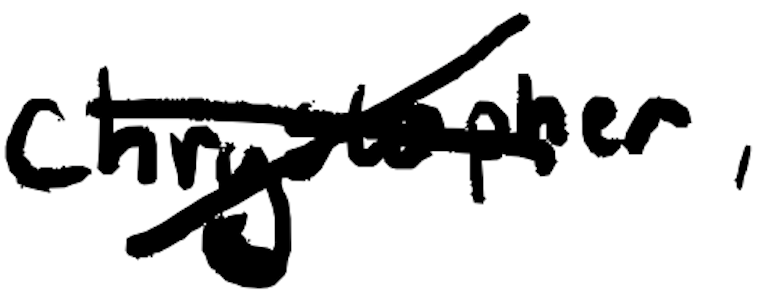
Text: Chrystopher,
Cross-out: cross
Writing tool: digital_black